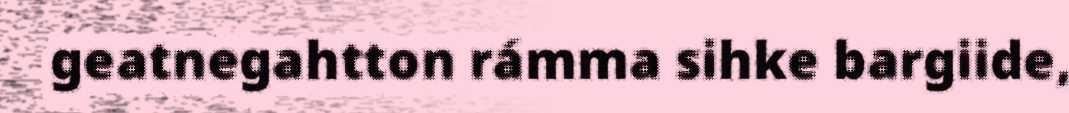
geatnegahtton rámma sihke bargiide,